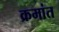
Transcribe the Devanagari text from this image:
क्रमांत